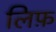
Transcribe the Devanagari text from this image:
लिफ़